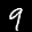
Label: 9